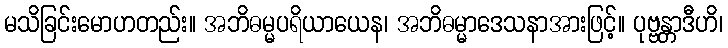
မသိခြင်းမောဟတည်း။ အဘိဓမ္မပရိယာယေန၊ အဘိဓမ္မာဒေသနာအားဖြင့်။ ပုဗ္ဗန္တာဒီဟိ၊